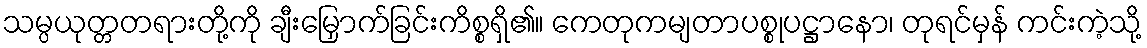
သမ္ပယုတ္တတရားတို့ကို ချီးမြှောက်ခြင်းကိစ္စရှိ၏။ ကေတုကမျတာပစ္စုပဋ္ဌာနော၊ တုရင်မှန် ကင်းကဲ့သို့